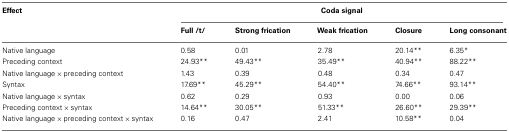
<table><thead><tr><td><b>Effect</b></td><td colspan="5"><b>Coda signal</b></td></tr><tr><td></td><td><b>Full /t/</b></td><td><b>Strong frication</b></td><td><b>Weak frication</b></td><td><b>Closure</b></td><td><b>Long consonant</b></td></tr></thead><tbody><tr><td>Native language</td><td>0.58</td><td>0.01</td><td>2.78</td><td>20.14**</td><td>6.35*</td></tr><tr><td>Preceding context</td><td>24.93**</td><td>49.43**</td><td>35.49**</td><td>40.94**</td><td>88.22**</td></tr><tr><td>Native language × preceding context</td><td>1.43</td><td>0.39</td><td>0.48</td><td>0.34</td><td>0.47</td></tr><tr><td>Syntax</td><td>17.69**</td><td>45.29**</td><td>54.40**</td><td>74.66**</td><td>93.14**</td></tr><tr><td>Native language × syntax</td><td>0.62</td><td>0.29</td><td>0.93</td><td>0.00</td><td>0.06</td></tr><tr><td>Preceding context × syntax</td><td>14.64**</td><td>30.05**</td><td>51.33**</td><td>26.60**</td><td>29.39**</td></tr><tr><td>Native language × preceding context × syntax</td><td>0.16</td><td>0.47</td><td>2.41</td><td>10.58**</td><td>0.04</td></tr></tbody></table>